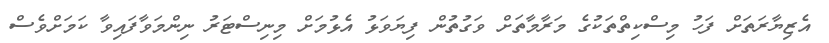
އެޒިޔާރަތަށް ފަހު މިސްކިތްތަކުގެ މަރާމާތަށް ވަގުތުން ފިޔަވަޅު އެޅުމަށް މިނިސްޓަރު ނިންމަވާފައިވާ ކަމަށްވެސް